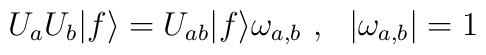
U_aU_b|f\rangle=U_{ab}|f\rangle \omega_{a,b}~,~~|\omega_{a,b}|=1~